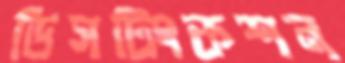
ডিসটিংকশন